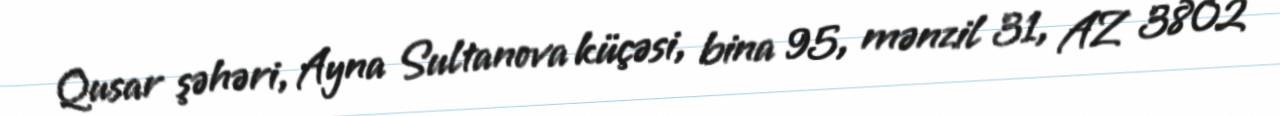
Qusar şəhəri, Ayna Sultanova küçəsi, bina 95, mənzil 31, AZ 3802